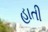
હાતી